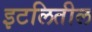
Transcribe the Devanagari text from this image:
इटलितील